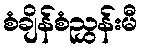
စံချိန်စံညွှန်းမီ